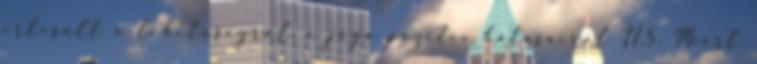
értesült a lehetőségről, a jóga pozitív hatásairól II.5. Miért